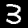
Digit: 3